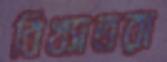
বিখ্যাতরা